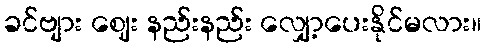
ခင်ဗျား ဈေး နည်းနည်း လျှော့ပေးနိုင်မလား။